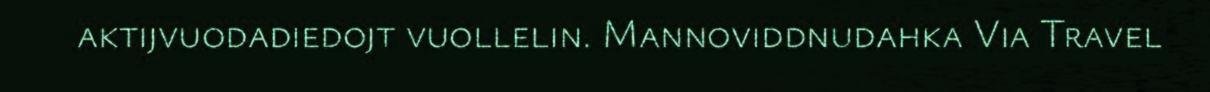
aktijvuodadiedojt vuollelin. Mannoviddnudahka Via Travel